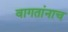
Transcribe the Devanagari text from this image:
वागतांनाच